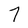
Character: 7